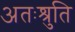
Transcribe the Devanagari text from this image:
अतःश्रुति